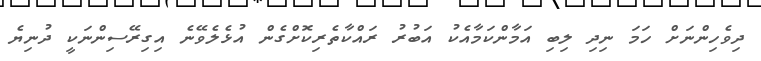
ދިވެހިންނަށް ހަމަ ނިދި ލިބި އަމާންކަމާއެކު އަބުރު ރައްކާތެރިކޮށްގެން އުޅެލެވޭނެ އިގިރޭސިންނަކީ ދުނިޔެ